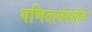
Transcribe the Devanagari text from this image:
गणितासंबंधीचे